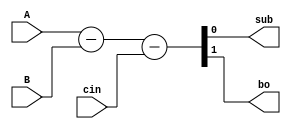
module FSBehavioral(A,B,cin,sub,bo);

	input A,B,cin;
	output reg sub,bo;
	always @(*) begin 
		{bo,sub}=A-B-cin;
	end

endmodule